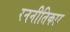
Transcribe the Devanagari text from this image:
रननीतिकार